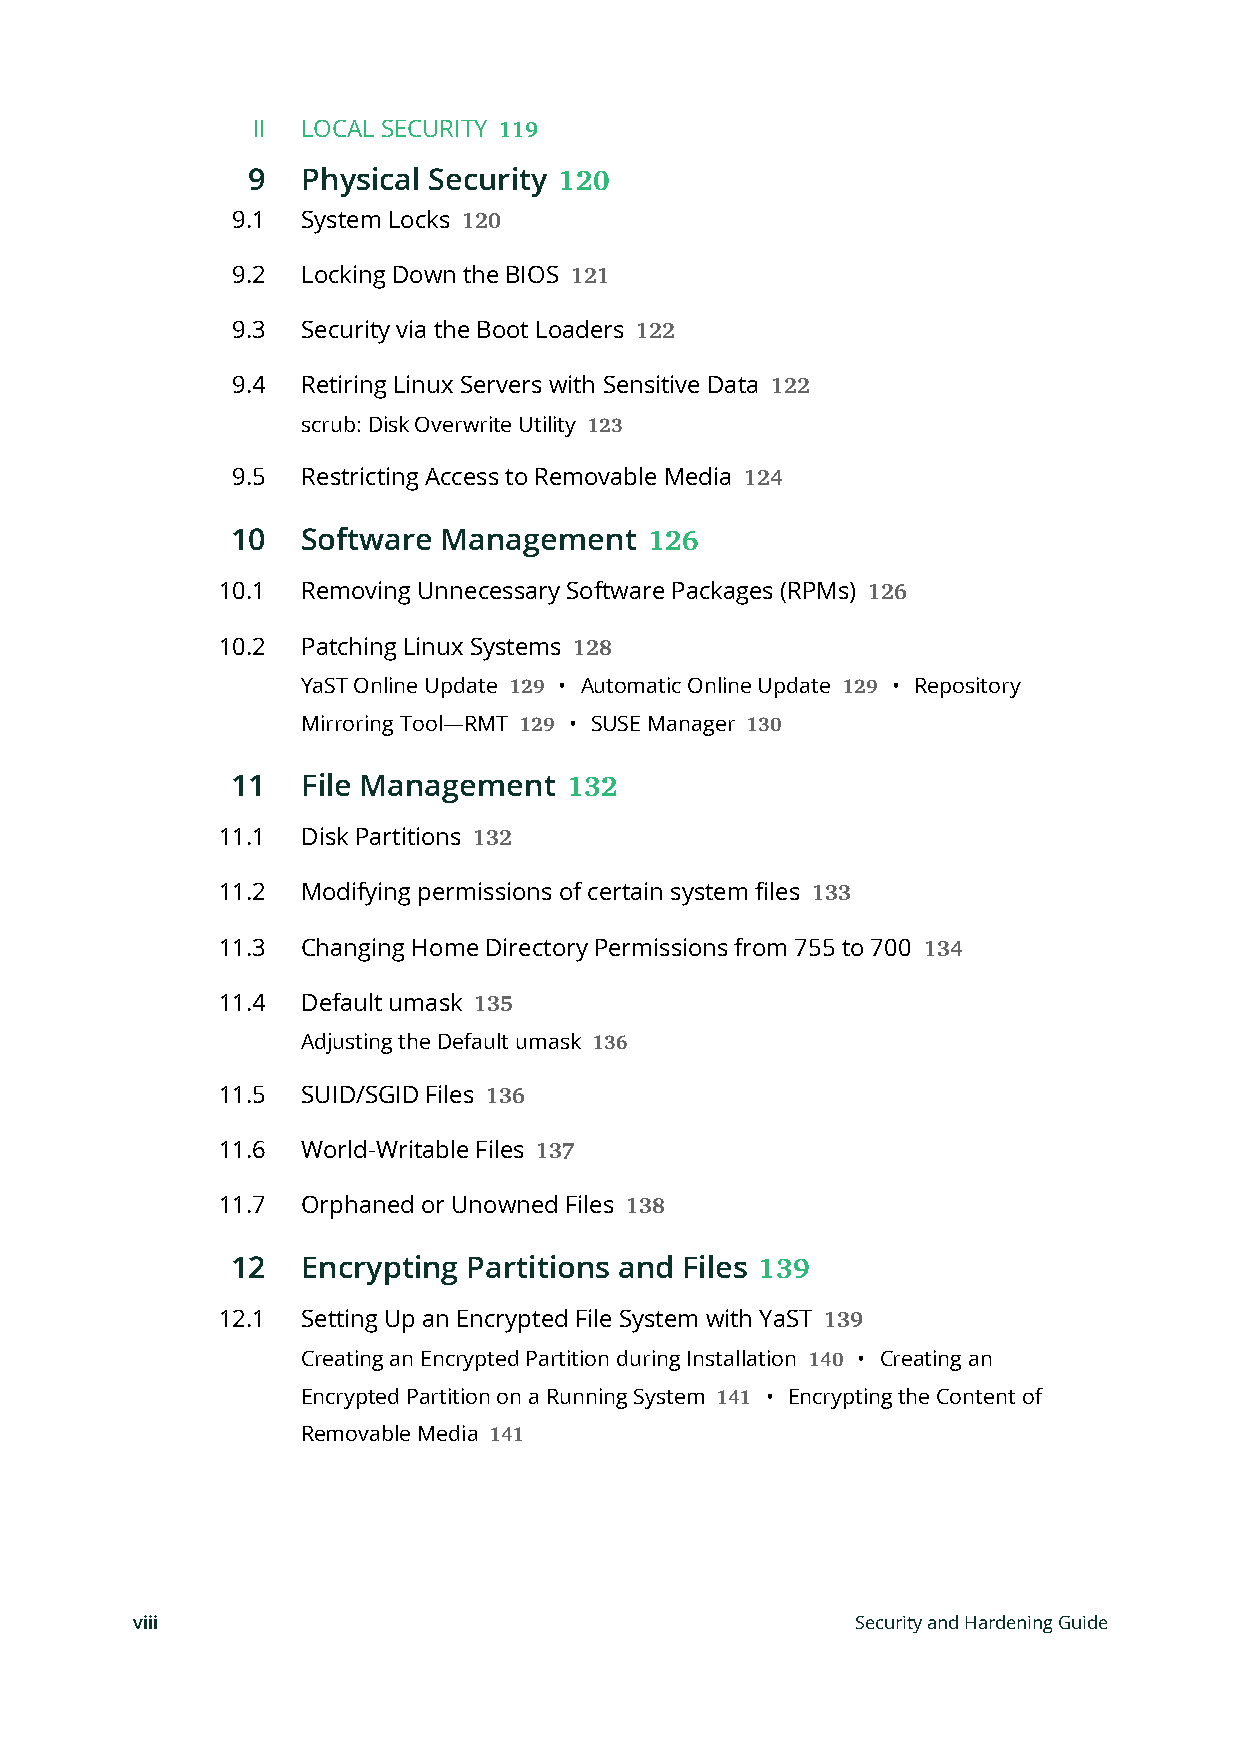
II LOCAL SECURITY
 119
 9   Physical Security
 120
 9.1  System Locks
 120
 9.2  Locking Down the BIOS
 121
 9.3  Security via the Boot Loaders
 122
 9.4  Retiring Linux Servers with Sensitive Data
 122
 scrub: Disk Overwrite Utility
 123
 9.5  Restricting Access to Removable Media
 124
 10   Software Management
 126
 10.1  Removing Unnecessary Software Packages (RPMs)
 126
 10.2  Patching Linux Systems
 128
 YaST Online Update • Automatic Online Update • Repository
 129                   129
 Mirroring Tool—RMT • SUSE Manager
 129            130
 11   File Management
 132
 11.1  Disk Partitions
 132
 11.2  Modifying permissions of certain system files
 133
 11.3  Changing Home Directory Permissions from 755 to 700
 134
 11.4  Default umask
 135
 Adjusting the Default umask
 136
 11.5  SUID/SGID Files
 136
 11.6  World-Writable Files
 137
 11.7  Orphaned or Unowned Files
 138
 12   Encrypting Partitions and Files
 139
 12.1  Setting Up an Encrypted File System with YaST
 139
 Creating an Encrypted Partition during Installation • Creating an
 140
 Encrypted Partition on a Running System • Encrypting the Content of
 141
 Removable Media
 141
 viii                                            Security and Hardening Guide